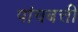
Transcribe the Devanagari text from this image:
पांचबत्ती